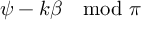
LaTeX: \psi - k \beta \mod \pi